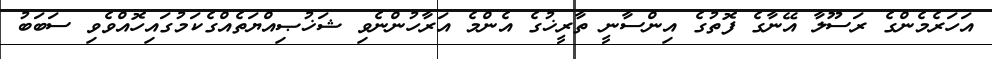
އަހަރެމެންގެ ރަސޫލާ އޭނާގެ ފޮތުގެ އިންސާނީ ތާރީޚުގެ އެންމެ އަރާހުންނެވި ޝަޚުޞިއްޔަތެއްގެކަމުގައިހޮއްވެވި ސަބަބު